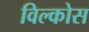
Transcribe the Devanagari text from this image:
विल्कोस